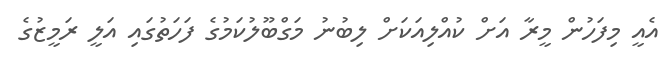
އެއީ މިފަހުން މީރާ އަށް ކުއްލިއަކަށް ލިބުނު މަގްބޫލުކަމުގެ ފަހަތުގައި އަލީ ރަމީޒުގެ